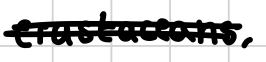
Text: crustaceans,
Cross-out: double-line
Writing tool: digital_black